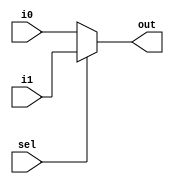
module multiplexer(out, i0, i1, sel);
    input [15:0] i0, i1;
    input sel;
    output [15:0] out;

    assign out = (sel ? i1 : i0);
endmodule